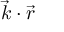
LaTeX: { \vec { k } } \cdot { \vec { r } }